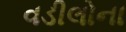
વડીલોના